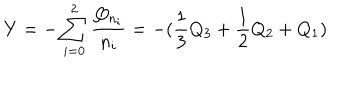
Y = - \sum _ { i = 0 } ^ { 2 } \frac { Q _ { n _ { i } } } { n _ { i } } = - ( \frac { 1 } { 3 } Q _ { 3 } + \frac { 1 } { 2 } Q _ { 2 } + Q _ { 1 } )